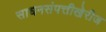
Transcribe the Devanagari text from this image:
साधनसंपत्तीखेरीज